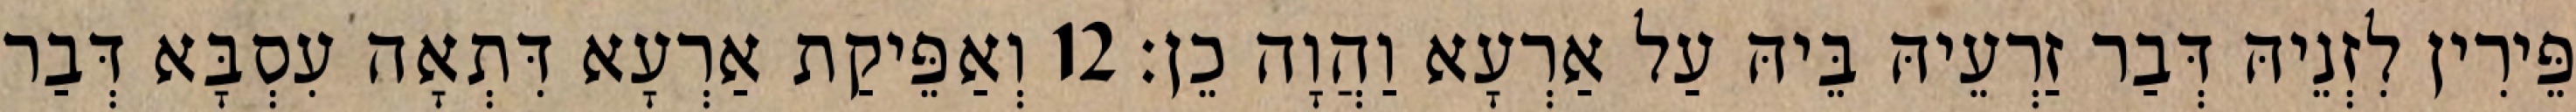
פֵּירִין לִזְנֵיהּ דְּבַר זַרְעֵיהּ בֵּיהּ עַל אַרְעָא וַהֲוָה כֵן׃ 12 וְאַפֵּיקַת אַרְעָא דִּתְאָה עִסְבָּא דְּבַר